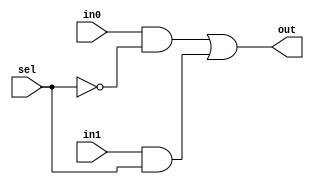
`timescale 1ns / 1ps
//////////////////////////////////////////////////////////////////////////////////
// Company: 
// Engineer: 
// 
// Design Name: 
// Module Name: circuit
// Project Name: 
// Target Devices: 
// Tool Versions: 
// Description: 
// 
// Dependencies: 
// 
// Revision:
// Revision 0.01 - File Created
// Additional Comments:
// 
//////////////////////////////////////////////////////////////////////////////////


module circuit(
    input in0,
    input in1,
    input sel,
    output out
    );
    
    wire w0, w1, w2;
    not p0(w0, sel);
    and p1(w1, in0, w0);
    and p2(w2, in1, sel);
    or p3(out, w1, w2);
endmodule